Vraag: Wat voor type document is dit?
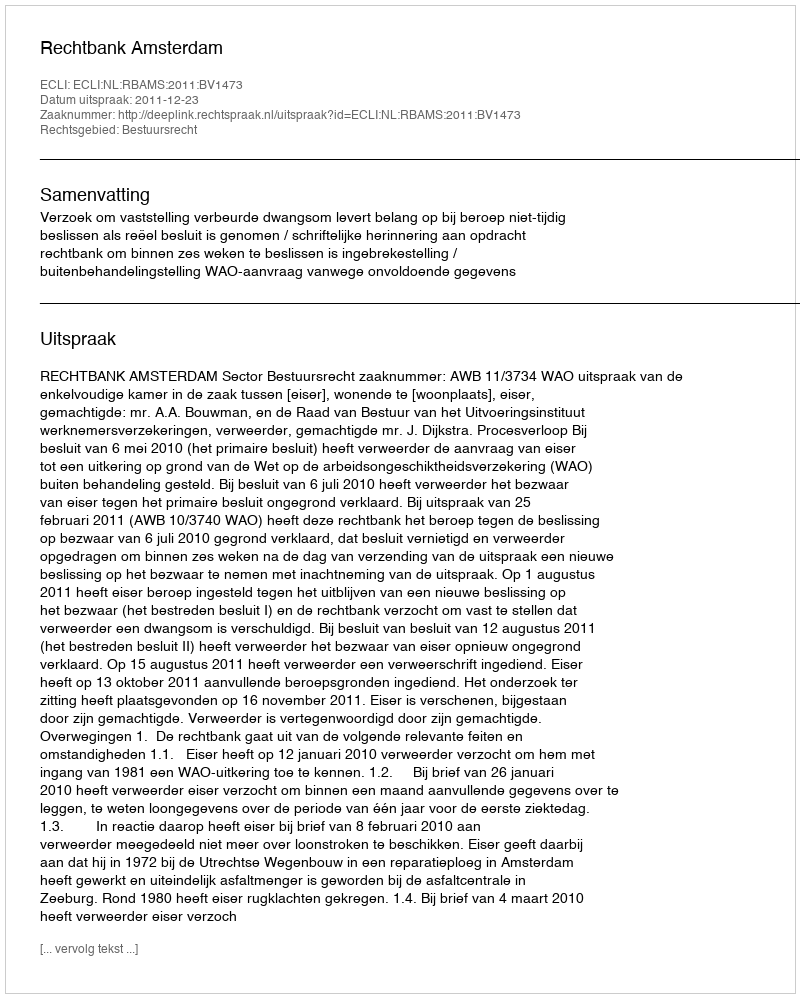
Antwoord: Uitspraak